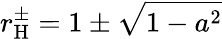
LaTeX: r_{\mathrm{{H}}}^{\pm}=1\pm{\sqrt{1-a^{2}}}